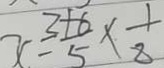
x + \frac { 2 + 6 } { 5 } \times \frac { 1 } { 8 }